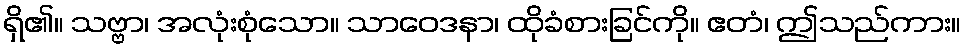
ရှိ၏။ သဗ္ဗာ၊ အလုံးစုံသော။ သာဝေဒနာ၊ ထိုခံစားခြင်ကို။ ဧတံ၊ ဤသည်ကား။